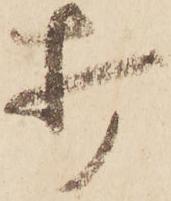
打